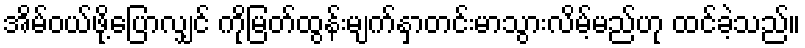
အိမ်ဝယ်ဖို့ပြောလျှင် ကိုမြတ်ထွန်းမျက်နှာတင်းမာသွားလိမ့်မည်ဟု ထင်ခဲ့သည်။